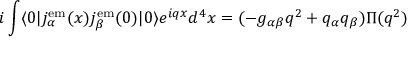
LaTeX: i \int \langle 0 | j _ { \alpha } ^ { \mathrm { e m } } ( x ) j _ { \beta } ^ { \mathrm { e m } } ( 0 ) | 0 \rangle e ^ { i q x } d ^ { 4 } x = ( - g _ { \alpha \beta } q ^ { 2 } + q _ { \alpha } q _ { \beta } ) \Pi ( q ^ { 2 } )